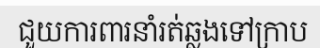
ជួយការពារនាំរត់ឆ្លងទៅក្រាប